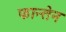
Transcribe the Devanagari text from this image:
फान्तेन